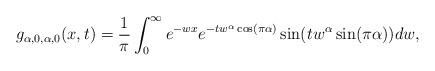
LaTeX: \begin{align*}g_{\alpha,0,\alpha, 0}(x,t)=\frac{1}{\pi}\int_{0}^{\infty}e^{-wx} e^{-tw^{\alpha}\cos(\pi \alpha)}\sin(tw^{\alpha}\sin(\pi \alpha))dw,\end{align*}